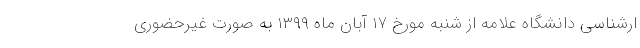
ارشناسی دانشگاه علامه از شنبه مورخ ۱۷ آبان ماه ۱۳۹۹ به صورت غیرحضوری